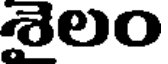
శైలం